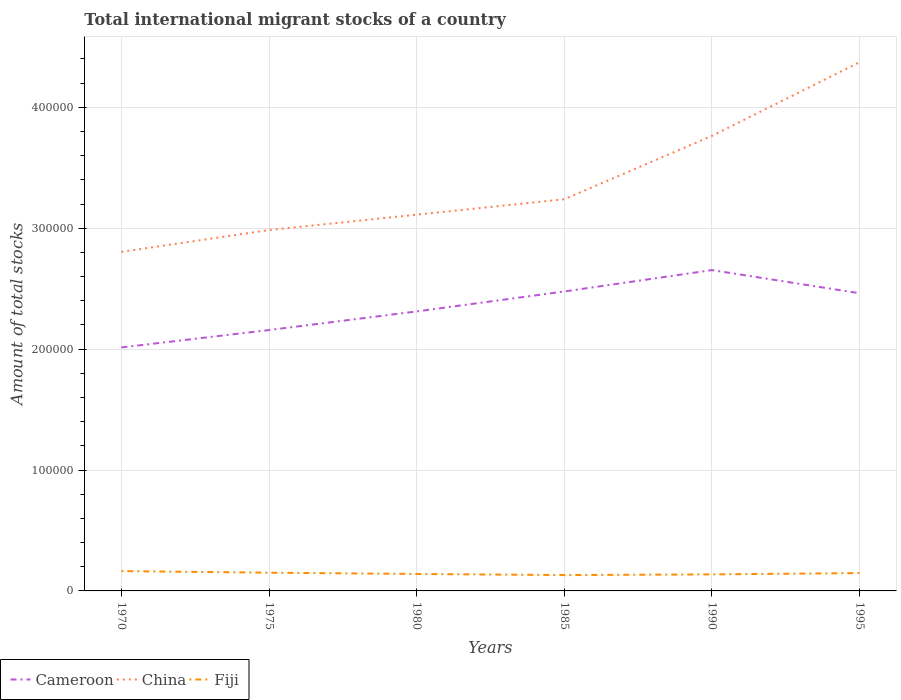
| Years | Cameroon | China | Fiji |
 | --- | --- | --- | --- |
 | 1970 | 2.01e+05 | 2.8e+05 | 1.64e+04 |
 | 1975 | 2.16e+05 | 2.98e+05 | 1.51e+04 |
 | 1980 | 2.31e+05 | 3.11e+05 | 1.4e+04 |
 | 1985 | 2.48e+05 | 3.24e+05 | 1.31e+04 |
 | 1990 | 2.65e+05 | 3.76e+05 | 1.37e+04 |
 | 1995 | 2.46e+05 | 4.37e+05 | 1.48e+04 |